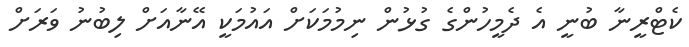
ކެޓްރީނާ ބުނީ އެ ދެމީހުންގެ ގުޅުން ނިމުމަކަށް އައުމަކީ އޭނާއަށް ލިބުނު ވަރަށް